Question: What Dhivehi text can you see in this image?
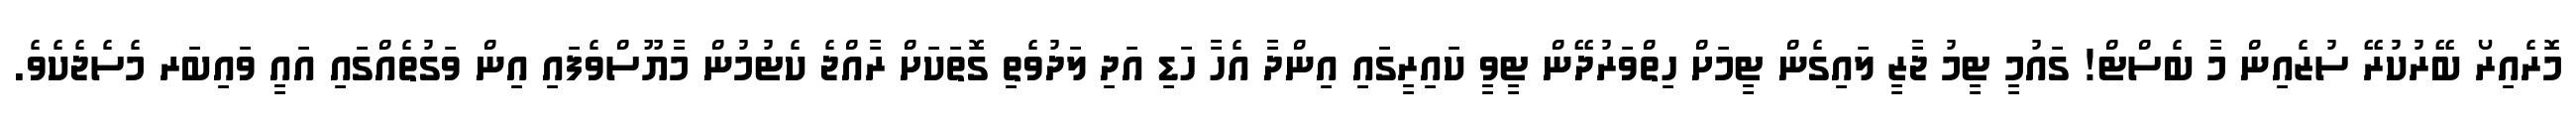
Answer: މޮރެއިރޯ ބޭރުކުރޭ ސުޒެއިން މާ ބެސްޓް! ގައުމީ ޓީމު ޖާޒީ ލައިގެން ޓީމަށް ހިތްވަރުދޭން ޓީވީ ކައިރީގައި އިންދާ އެހާ ހަޑި އަދި ލަދުވެތި ގޮތަކަށް ރާއްޖެ ކެޓުމުން މާޔޫސްވެފައި އިން ވަގުތެއްގައި އައީ ވައިބަރ މެސެޖެކެވެ.